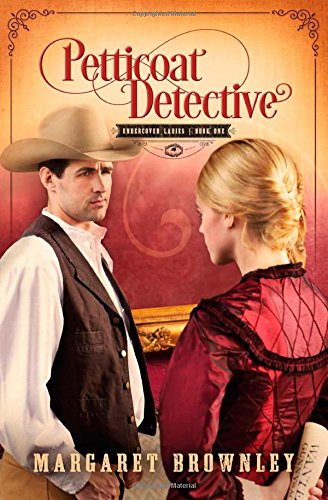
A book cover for Petticoat Detective (Undercover Ladies); Margaret Brownley; Romance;